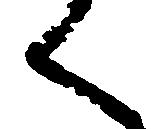
く